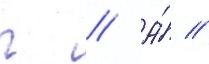
г // А́ //